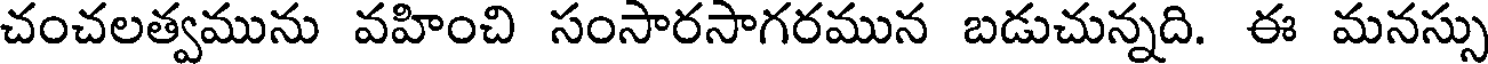
చంచలత్వమును వహించి సంసారసాగరమున బడుచున్నది. ఈ మనస్సు